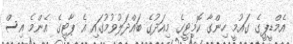
އެމްޑީޕީގެ ގައުމީ ހިންގާ ކޮމިޓީގެ މިއަދުގެ ބައްދަލުވުމުގައި އެ ޕާޓީގެ އެންމެ އިސް